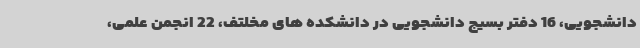
دانشجویی، 16 دفتر بسیج دانشجویی در دانشکده های مخلتف، 22 انجمن علمی،